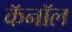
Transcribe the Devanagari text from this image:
कॅनाॅल